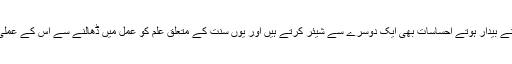
 اس لیول میں حصہ لینے والے سب ممبر اس حوالے سے اپنے اپنے بیدار ہوتے احساسات بھی ایک دوسرے سے شیئر کرتے ہیں اور یوں سنت کے متعلق علم کو عمل میں ڈھالنے سے اس کے عملی فوائد بھی دورانِ ٹریننگ ھی سامنے آنا شروع ہو جاتے ہیں۔